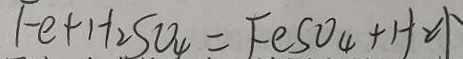
F e + H _ { 2 } S O _ { 4 } = F e S O _ { 4 } + H _ { 2 } \uparrow